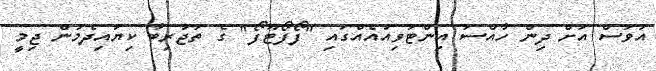
އަވަސް އަށް ދިން ހާއްސަ އިންޓަވިއުއެއްގައި "ފޯފޯޓޫފޯ" ގެ ތަޖުރިބާ ކިޔައިދެމުން ޖިމީ